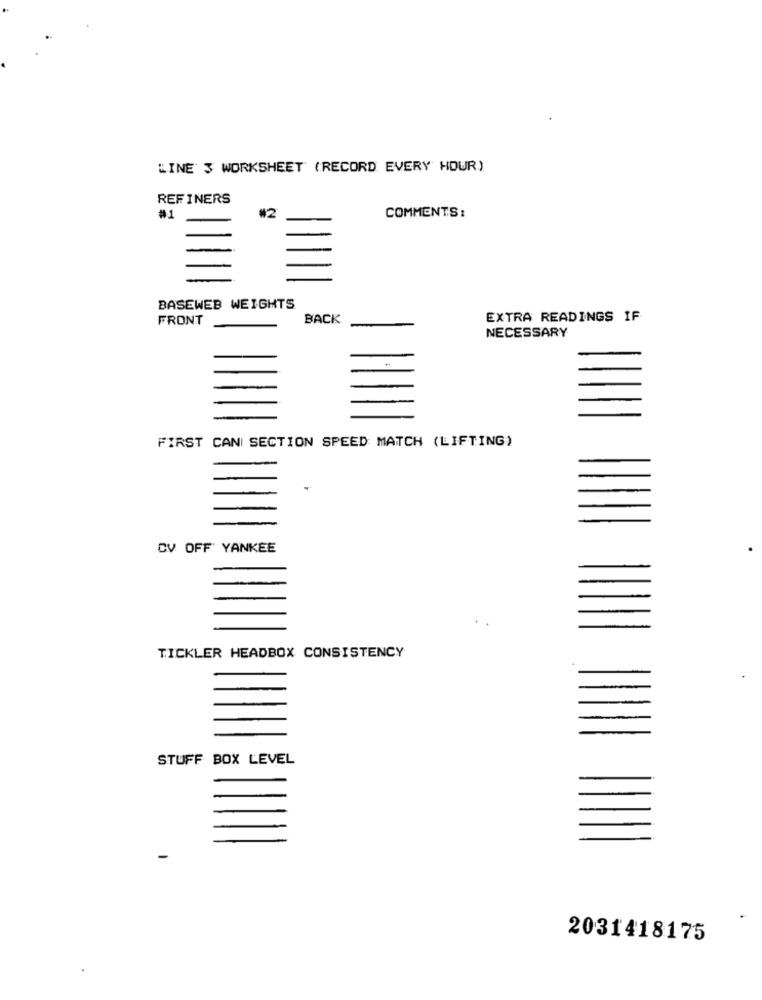
LINE 3 WORKSHEET (RECORD EVERY HOUR)
REFINERS
#2
COMMENTS:
#1
BASEWEB WEIGHTS
FRONT
BACK
EXTRA READINGS IF
NECESSARY
FIRST CANI SECTION SPEED MATCH (LIFTING)
CV OFF' YANKEE
TICKLER HEADBOX CONSISTENCY
STUFF BOX LEVEL
2031418175